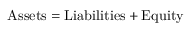
{ \mathrm { A s s e t s } } = { \mathrm { L i a b i l i t i e s } } + { \mathrm { E q u i t y } }